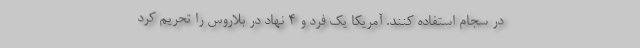
در سجام استفاده کنند. آمریکا یک فرد و 4 نهاد در بلاروس را تحریم کرد